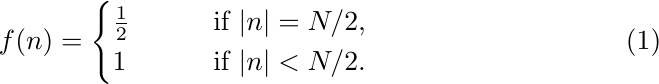
\begin{equation}
  f(n) = \begin{cases}
    \tfrac12 & \qquad \text{if $|n| = N/2$,} \\
    1 & \qquad \text{if $|n| < N/2$.}
  \end{cases}
\end{equation}